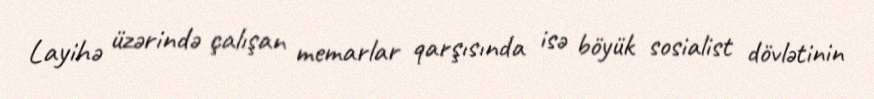
Layihə üzərində çalışan memarlar qarşısında isə böyük sosialist dövlətinin